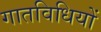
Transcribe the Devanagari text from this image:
गातविधियों